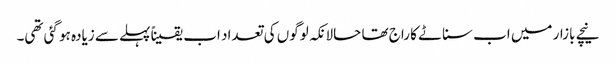
نیچے بازار میں اب سناٹے کا راج تھا حالانکہ لوگوں کی تعداد اب یقیناً پہلے سے زیادہ ہو گئی تھی۔